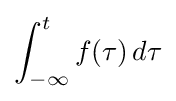
\int _{-\infty }^{t}f(\tau )\,d\tau